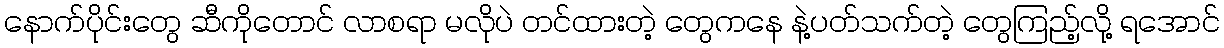
နောက်ပိုင်းတွေ ဆီကိုတောင် လာစရာ မလိုပဲ တင်ထားတဲ့ တွေကနေ နဲ့ပတ်သက်တဲ့ တွေကြည့်လို့ ရအောင်